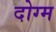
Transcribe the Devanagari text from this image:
दोग्म